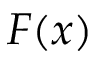
F ( x )